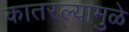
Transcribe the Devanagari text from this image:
कातरल्यामुळे